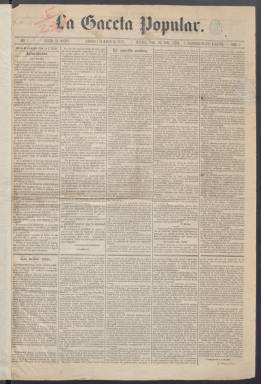
Título: La Gaceta popular (Madrid)
Colección: Periódicos
Ámbito geográfico: Madrid
Lugar de publicación: Madrid
Fechas: 09/03/1873-19/11/1873